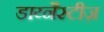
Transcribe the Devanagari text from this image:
डाय्नैस्टीज़